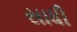
સાધી